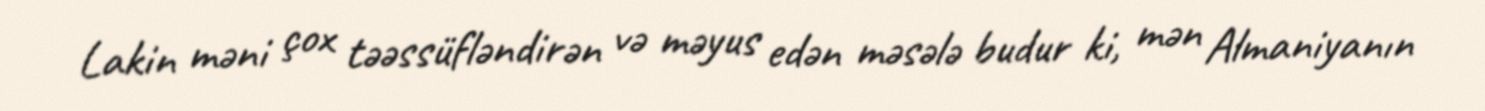
Lakin məni çox təəssüfləndirən və məyus edən məsələ budur ki, mən Almaniyanın